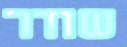
שודר